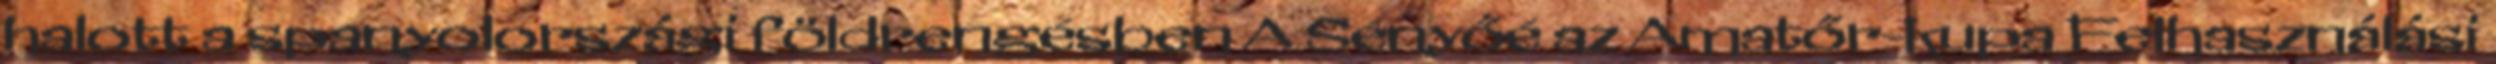
halott a spanyolországi földrengésben A Sényőé az Amatőr-kupa Felhasználási